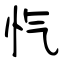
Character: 忾